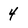
Character: 4